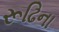
રૂઢિના